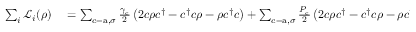
\begin{array} { r l } { \sum _ { i } \mathcal { L } _ { i } ( \rho ) } & { { } = \sum _ { c = \mathrm { a } , \sigma } \frac { \gamma _ { \mathrm { c } } } { 2 } \left( 2 c \rho c ^ { \dagger } - c ^ { \dagger } c \rho - \rho c ^ { \dagger } c \right) + \sum _ { c = \mathrm { a } , \sigma } \frac { P _ { \mathrm { c } } } { 2 } \left( 2 c \rho c ^ { \dagger } - c ^ { \dagger } c \rho - \rho c ^ { \dagger } c \right) } \end{array}